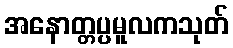
အနောတ္တပ္ပမူလကသုတ်